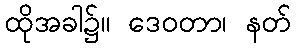
ထိုအခါ၌။ ဒေဝတာ၊ နတ်